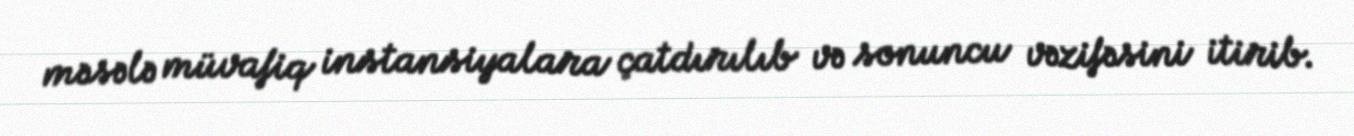
məsələ müvafiq instansiyalara çatdırılıb və sonuncu vəzifəsini itirib.